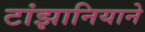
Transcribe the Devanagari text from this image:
टांझानियाने